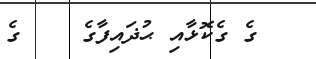
ގެ ގެކޮޅާއި ޙުޛައިފާގެ    ގެ